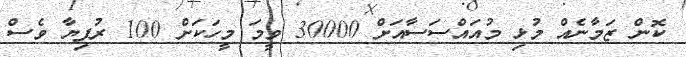
ކޮން ޒަމާނެއް މުޅި މުއައްސަސާއަށް 30000 ވީމަ މީހަކަށް 100 ރުފިޔާ ވެސް